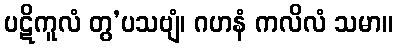
ပဋိကူလံ တွ’ပသဗျံ၊ ဂဟနံ ကလိလံ သမာ။